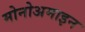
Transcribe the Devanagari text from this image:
मोनोअमाइन